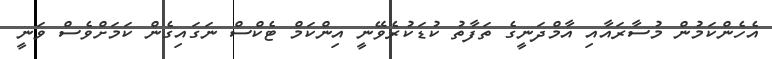
އެހެންކަމުން މުސާރައާއި އާމްދަނީގެ ތަފާތު ކުޑަކުރެވޭނީ އިންކަމް ޓެކްސް ނަގައިގެން ކަަމަށްވެސް ވަނީ